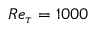
R e _ { \tau } = 1 0 0 0